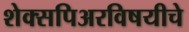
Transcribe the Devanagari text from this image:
शेक्सपिअरविषयीचे